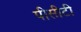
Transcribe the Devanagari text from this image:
पीसीटी